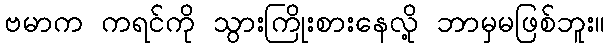
ဗမာက ကရင်ကို သွားကြိုးစားနေလို့ ဘာမှမဖြစ်ဘူး။